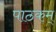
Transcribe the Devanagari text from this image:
पाठकम्